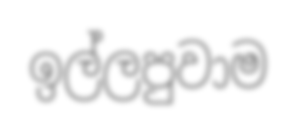
ඉල්ලපුවාම